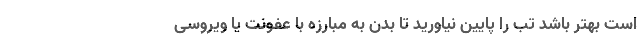
است بهتر باشد تب را پایین نیاورید تا بدن به مبارزه با عفونت یا ویروسی